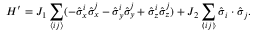
H ^ { \prime } = J _ { 1 } \sum _ { \langle i j \rangle } ( - \hat { \sigma } _ { x } ^ { i } \hat { \sigma } _ { x } ^ { j } - \hat { \sigma } _ { y } ^ { i } \hat { \sigma } _ { y } ^ { j } + \hat { \sigma } _ { z } ^ { i } \hat { \sigma } _ { z } ^ { j } ) + J _ { 2 } \sum _ { \llangle i j \rrangle } \hat { \boldsymbol { \sigma } } _ { i } \cdot \hat { \boldsymbol { \sigma } } _ { j } .